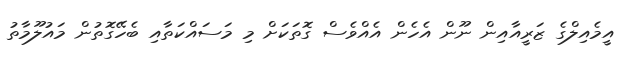
އީމެއިލްގެ ޒަރީއާއިން ނޫން އެހެން އެއްވެސް ގޮތަކަށް މި މަސައްކަތާއި ބެހޭގޮތުން މައުލޫމާތު